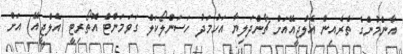
އާންމުންގެ ތެރެއިން އެލްޖީއޭއަށް ޗާންދަލިޔާ އަހުމަދު ހަސަންލޯކަލް ގަވަމަންޓް އޮތޯރިޓީ (އެލްޖީއޭ) އަށް